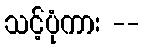
သင့်ပုံကား --